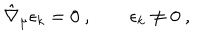
LaTeX: \hat { \nabla } _ { \mu } \epsilon _ { k } = 0 \ , \qquad \epsilon _ { k } \neq 0 \ ,